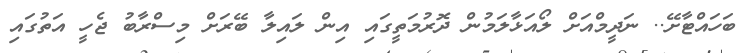
ބަހައްޓާށޭ.. ނަދީމްއަށް ލޯއަޅާލަމުން ދޮރުމަތީގައި އިން ލައިލާ ބޭރަށް މިސްރާބު ޖެހީ އަތުގައި